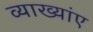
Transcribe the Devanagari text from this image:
व्याख्यांए